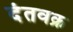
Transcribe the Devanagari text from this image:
दंतवक्र